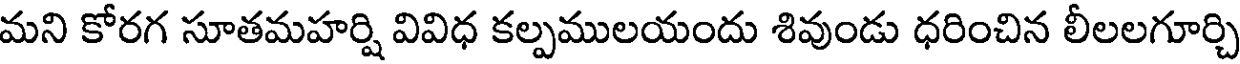
మని కోరగ సూతమహర్షి వివిధ కల్పములయందు శివుండు ధరించిన లీలలగూర్చి